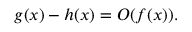
g ( x ) - h ( x ) = O ( f ( x ) ) .